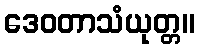
ဒေဝတာသံယုတ္တ။